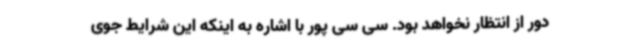
دور از انتظار نخواهد بود. سی سی پور با اشاره به اینکه این شرایط جوی